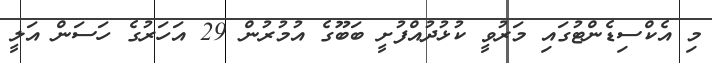
މި އެކްސިޑެންޓުގައި މަރުވީ ކުޅުދުއްފުށީ ބަބޫގެ އުމުރުން 29 އަހަރުގެ ހަސަން އަލީ